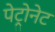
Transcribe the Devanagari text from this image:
पेट्रोनेट